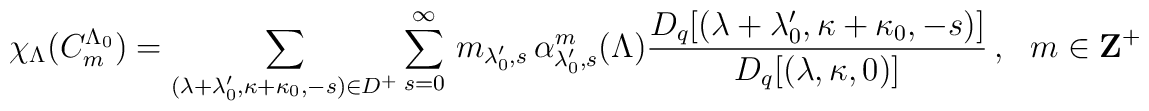
\chi_\Lambda(C_m^{\Lambda_0})=\sum_{(\lambda+\lambda_0',\kappa+\kappa_0,-s)\in D^+}\sum_{s=0}^\infty\,m_{\lambda_0',s}\,\alpha^m_{\lambda_0',s}(\Lambda)\frac{D_q[(\lambda+\lambda_0',\kappa+\kappa_0,-s)]}{D_q[(\lambda,\kappa,0)]}\,,~~~m\in{\bf Z}^+